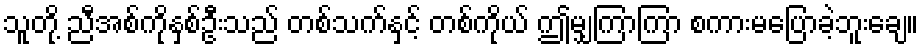
သူတို့ ညီအစ်ကိုနှစ်ဦးသည် တစ်သက်နှင့် တစ်ကိုယ် ဤမျှကြာကြာ စကားမပြောခဲ့ဘူးချေ။